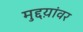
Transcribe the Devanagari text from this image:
मुद्दय़ांवर